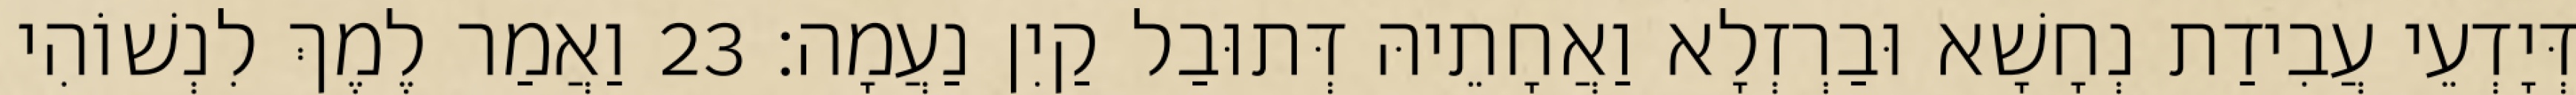
דְּיָדְעֵי עֲבִידַת נְחָשָׁא וּבַרְזְלָא וַאֲחָתֵיהּ דְּתוּבַל קַיִן נַעֲמָה׃ 23 וַאֲמַר לֶמֶךְ לִנְשׁוֹהִי